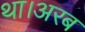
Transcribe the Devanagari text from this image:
था।अरब